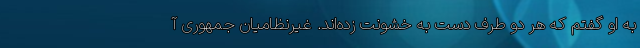
به او گفتم که هر دو طرف دست به خشونت زده‌اند. غیرنظامیان جمهوری آ